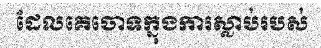
ដែលគេចោទក្នុងការស្លាប់របស់